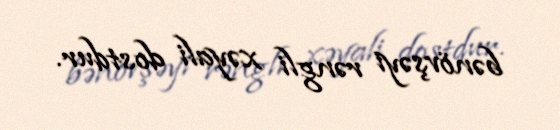
bənövşəyi rəngli xəyali dostdur.